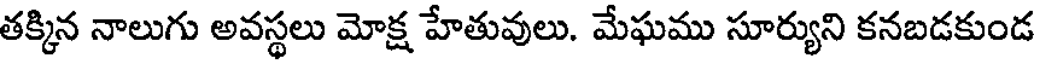
తక్కిన నాలుగు అవస్థలు మోక్ష హేతువులు. మేఘము సూర్యుని కనబడకుండ